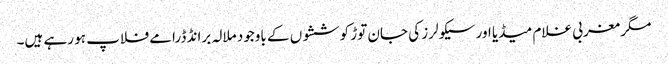
مگر مغربی غلام میڈیا اور سیکولرز کی جان توڑ کوششوں کے باوجود ملالہ برانڈ ڈرامے فلاپ ہو رہے ہیں۔